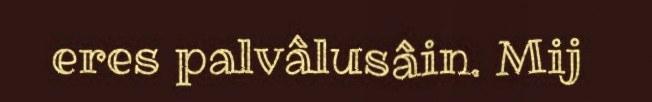
eres palvâlusâin. Mij